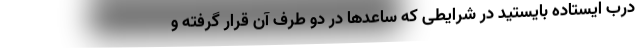
درب ایستاده بایستید در شرایطی که ساعدها در دو طرف آن قرار گرفته و